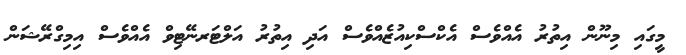
މީގައި މިނޫން އިތުރު އެއްވެސް އެކްސްކިއުޒެއްވެސް އަދި އިތުރު އަލްޓަރނޭޓިވް އެއްވެސް އިމިގްރޭޝަން